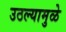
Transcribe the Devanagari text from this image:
उठल्यामुळे